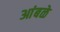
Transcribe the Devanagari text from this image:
आंबळे